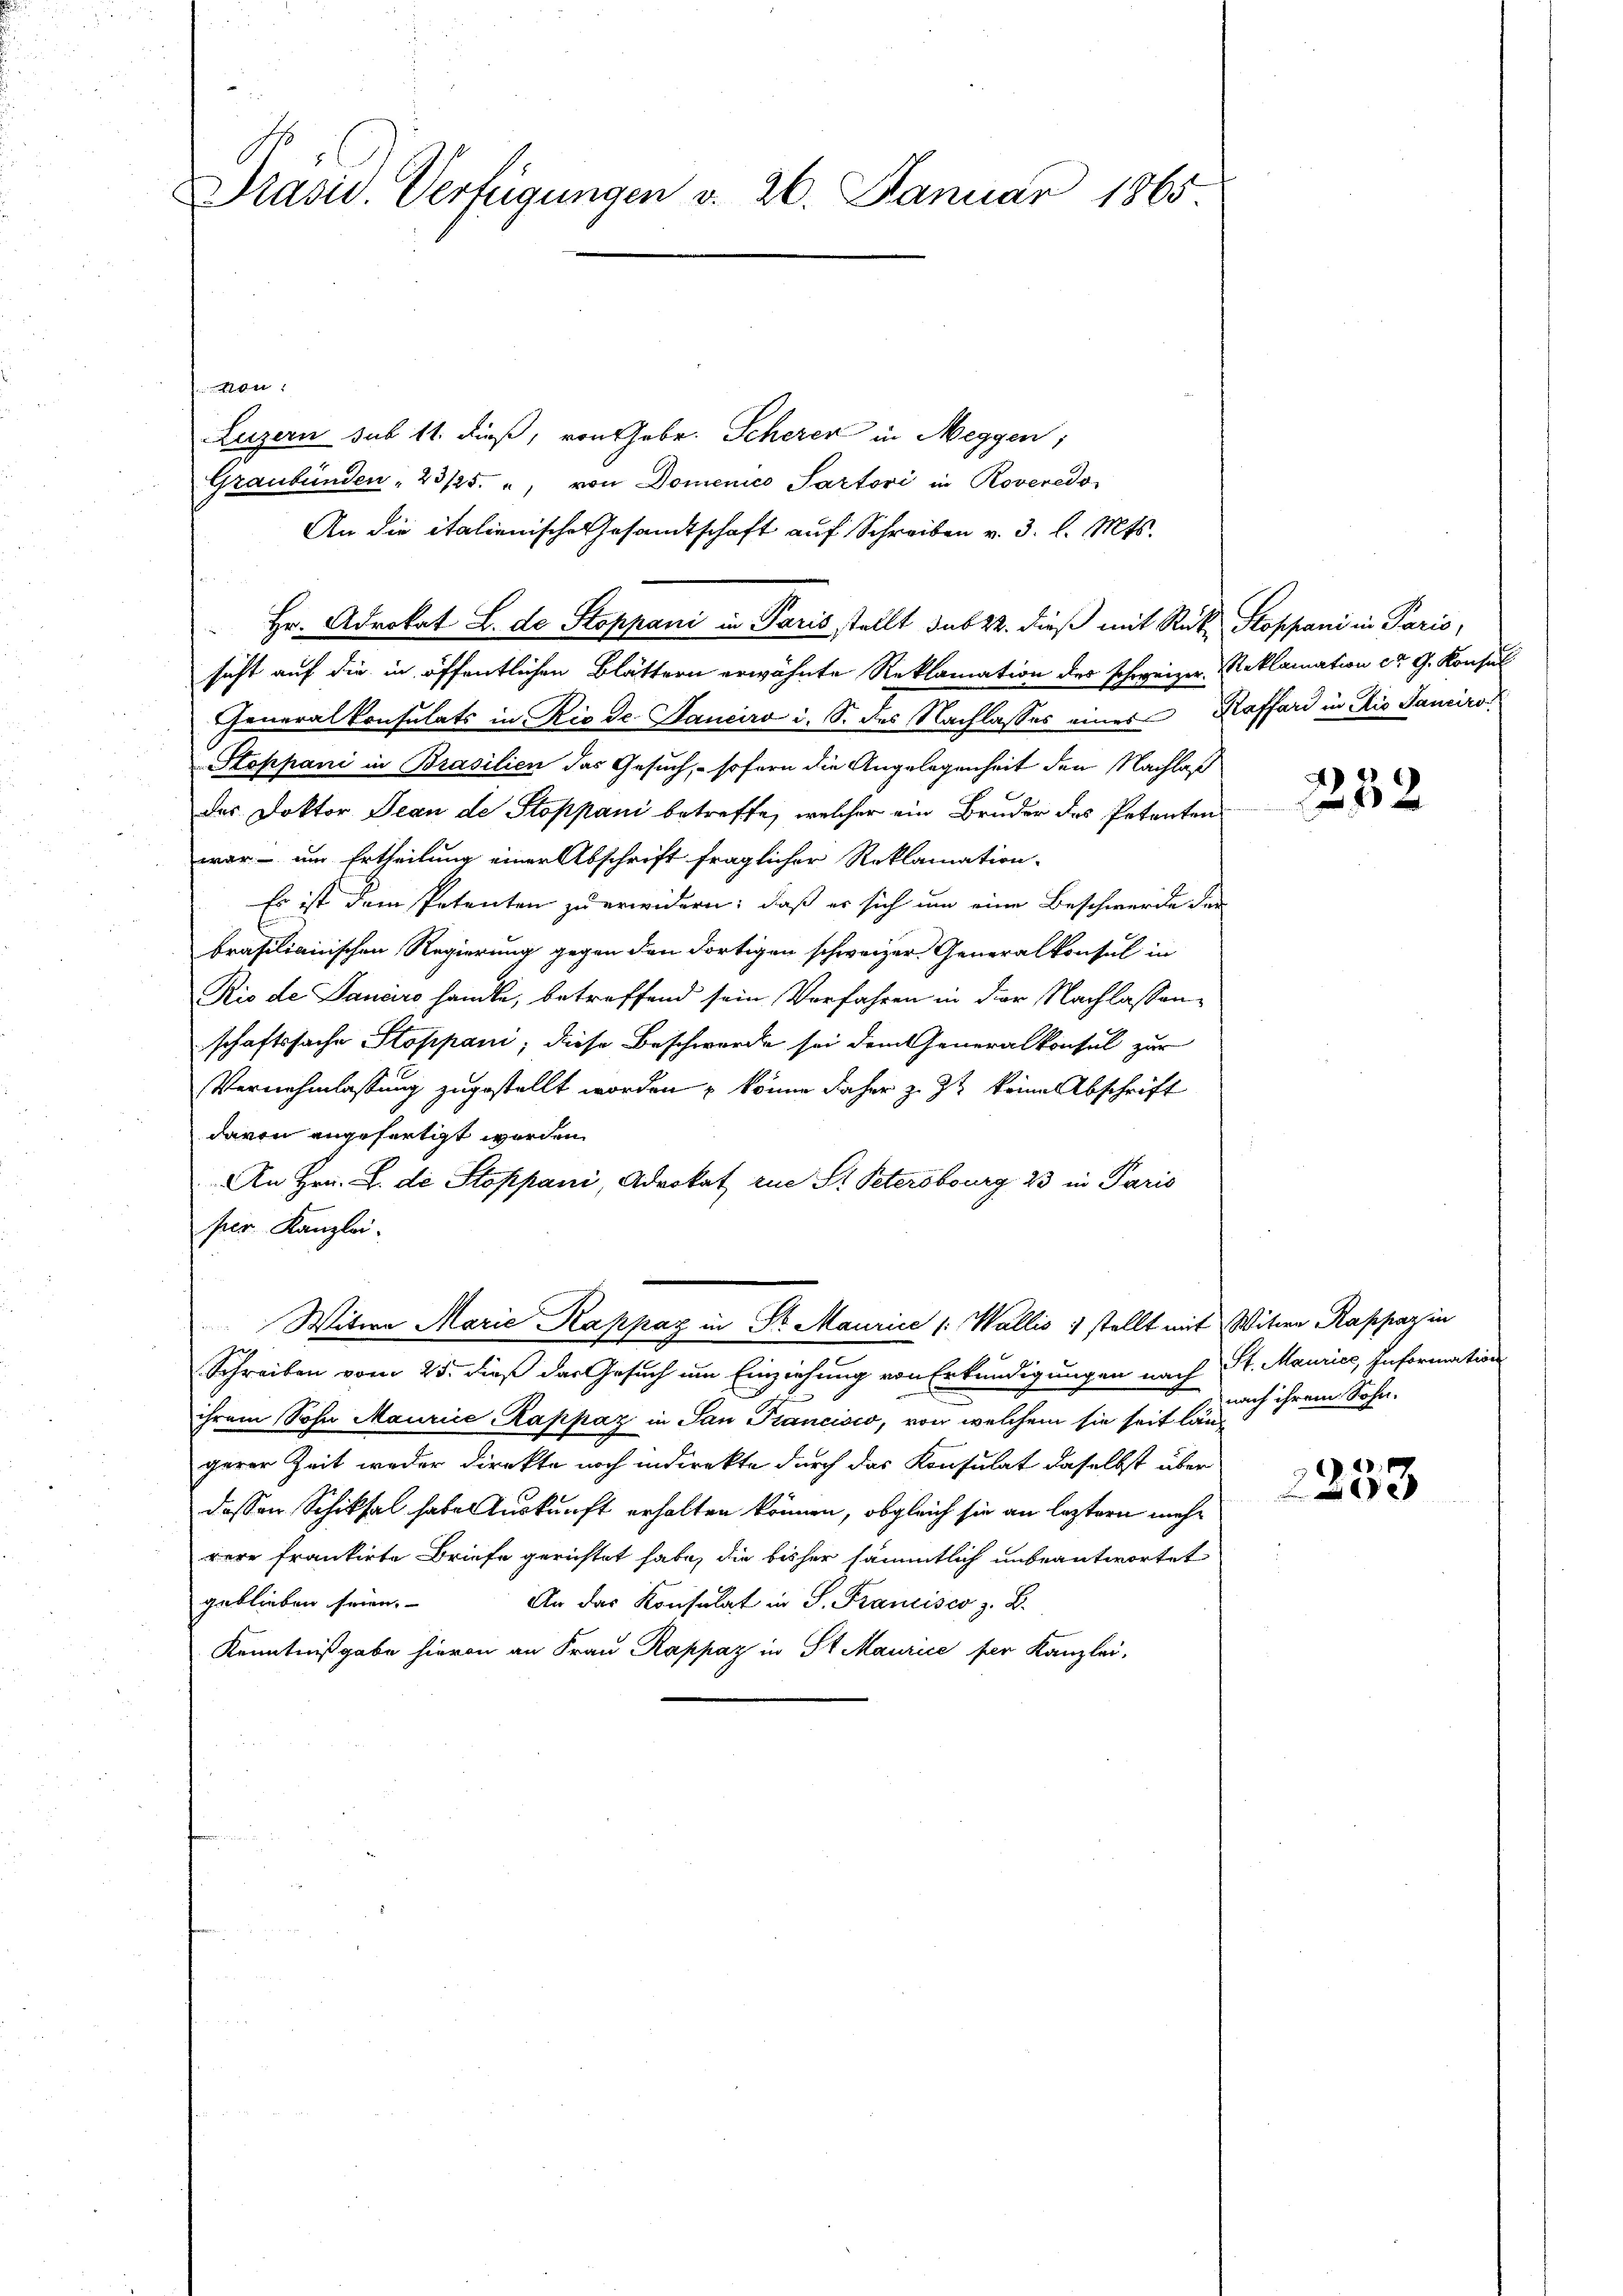
Präsid. Verfügungen v. 26. Januar 1865

e
Luzern sub 11. dieß, von Gebr. Scheren in Meggen;
Graubünden " 23/25. " von Domenico Sartori in Roveredo
An die italienische Gesandtschaft auf Schreiben v. 3. l. Mts.
Hr. Adrokat L. de Stoppani in Paris stellt das 22. dieß mit Rük Stoppani in Paris,
sicht auf die in öffentlichen Blättern erwähnte Reklamation des schweizer Reklamation der G. Konsul
Generalkonsulats in Rio de Janeiro i. S. des Nachlasses eines Koffari in Rio Sanciro
Stoppani in Brasilien das Gesuch, - sofern die Angelegenheit den Nachlaß
das Doktor Jean de Stoppani betreffe, welcher ein Bruder des Petenten
war – um Ertheilung einer Abschrift fraglicher Reklamation
Es ist dem Petenten zu erwidern; daß er sich um eine Beschwerde der
brasilianischen Regierung gegen den dortigen schweizer Generalkonsul in
Rio de Sanaro handle, betreffend sein Vorfahren in der Nachlassenschaftssache Stoppani; diese Beschwerde sei dem eneralkonsul zur
Vernehmlassung zugestellt worden, könne daher z. Zt keine Abschrift
davon angefertigt worden.
An Hrn. L. di Stoppani, Advokat rue St. Petersburg 23 in Paris
ser Kanzlei.
Witwe Marie Kappaz in Sr. Maurice /: Wallis stellt mit Witwe Rappaz in
J
Schreiben vom 25. daß das Gesuch um Einziehung von Erkundigungen nach
ihrem Sohn Maurice Kappaz in San Francisco, von welchem sie seit längerer Zeit weder Direkte noch indirekte durch das Konsulat daselbst über
dessen Schiksal habe Auskunft erhalten können, obgleich sie an leztern mehr
rere frankirte Briefe gerichtet habe, die bisher sämmtlich unbeantwortet
geblieben seien.
An das Konsulat in P. Francisco z. B.
Kenntnißgabe hievon an Frau Rappaz in St. Maurice per Kanzlei,

2232

St. Maurice, Information
nach ihrem Sohn.

2
e